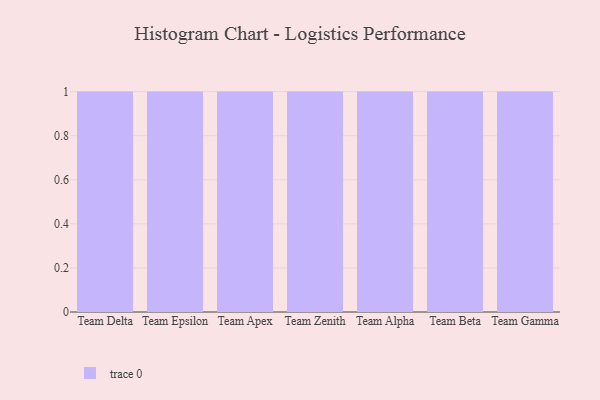
{"axis": {"x": "Team", "y": "Satisfaction Score"}, "legend": [""], "data": [{"x": "Team Delta", "y": 85, "type": ""}, {"x": "Team Epsilon", "y": 49, "type": ""}, {"x": "Team Apex", "y": 4, "type": ""}, {"x": "Team Zenith", "y": 47, "type": ""}, {"x": "Team Alpha", "y": 88, "type": ""}, {"x": "Team Beta", "y": 64, "type": ""}, {"x": "Team Gamma", "y": 49, "type": ""}]}